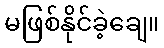
မဖြစ်နိုင်ခဲ့ချေ။